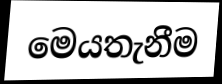
මෙයතැනීම